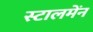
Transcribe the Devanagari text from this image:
स्टालमेंन